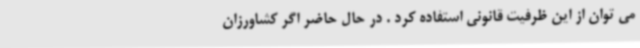
می توان از این ظرفیت قانونی استفاده کرد . در حال حاضر اگر کشاورزان